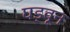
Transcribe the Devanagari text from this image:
घड्वून